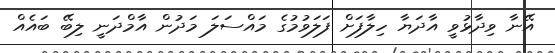
އޭނާ ވިދާޅުވީ އާދަޔާ ހިލާފަށް ފަލަވުމުގެ މައްސަލަ މަދުން އާމްދަނީ ލިބޭ ބައެއް